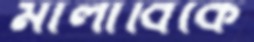
মালাবিকে